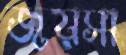
জয়সা